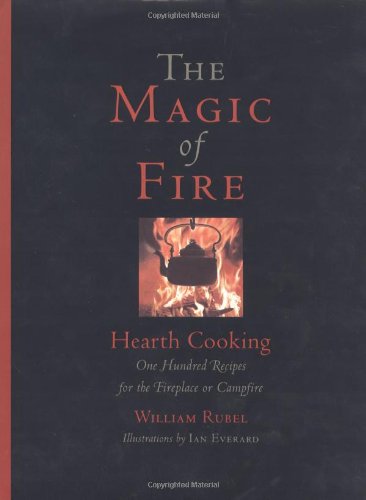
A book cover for The Magic of Fire: Hearth Cooking: One Hundred Recipes for the Fireplace or Campfire; William Rubel; Cookbooks, Food & Wine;